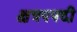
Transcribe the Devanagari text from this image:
क्षत्रपपदी